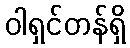
ဝါရှင်တန်ရှိ